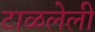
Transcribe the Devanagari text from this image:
टाळलेली